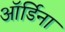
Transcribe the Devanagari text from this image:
ऑर्डिना